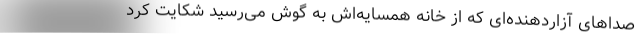
صدا‌های آزاردهنده‌ای که از خانه همسایه‌اش به گوش می‌رسید شکایت کرد